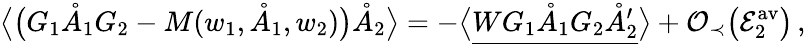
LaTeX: \big\langle\big(G_{1}\mathring{A}_{1}G_{2}-M(w_{1},\mathring{A}_{1},w_{2})\big)\mathring{A}_{2}\big\rangle=-\big\langle\underline{{WG_{1}\mathring{A}_{1}G_{2}\mathring{A}_{2}^{\prime}}}\big\rangle+\mathcal{O}_{\prec}\big(\mathcal{E}_{2}^{\mathrm{av}}\big)\, ,